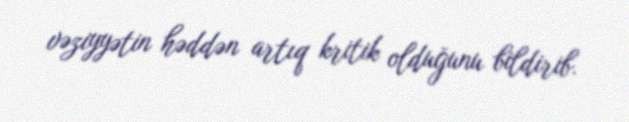
vəziyyətin həddən artıq kritik olduğunu bildirib.